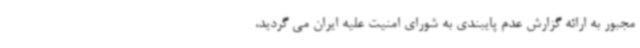
مجبور به ارائه گزارش عدم پایبندی به شورای امنیت علیه ایران می گردید،